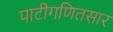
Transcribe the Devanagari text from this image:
पाटीगणितसार